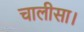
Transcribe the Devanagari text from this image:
चालीसा।